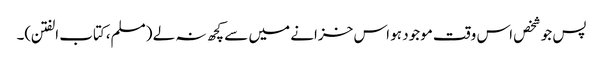
پس جو شخص اس وقت موجود ہو اس خزانے میں سے کچھ نہ لے (مسلم،کتاب الفتن)۔